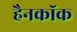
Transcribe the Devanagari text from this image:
हैनकाॅक